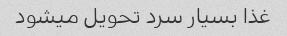
غذا بسیار سرد تحویل میشود